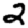
Digit: 2